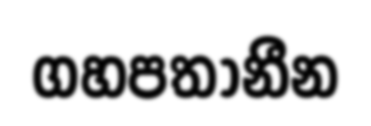
ගහපතානීන